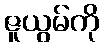
ဇူယွမ်ကို